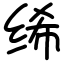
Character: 𫄨